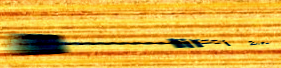
HiFi Zone